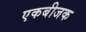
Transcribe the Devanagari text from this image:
एकबीजक